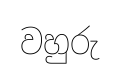
වහුරු